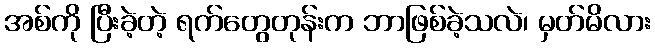
အစ်ကို ပြီးခဲ့တဲ့ ရက်တွေတုန်းက ဘာဖြစ်ခဲ့သလဲ၊ မှတ်မိလား